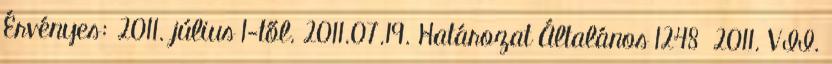
Érvényes: 2011. július 1-től. 2011.07.19. Határozat Általános 1248 2011. VII.